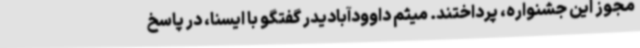
مجوز این جشنواره، پرداختند. میثم داوودآبادیدر گفتگو با ایسنا، در پاسخ